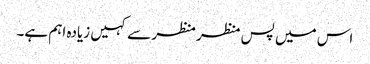
اس میں پس منظر منظر سے کہیں زیادہ اہم ہے۔